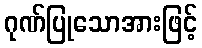
ဂုဏ်ပြုသောအားဖြင့်